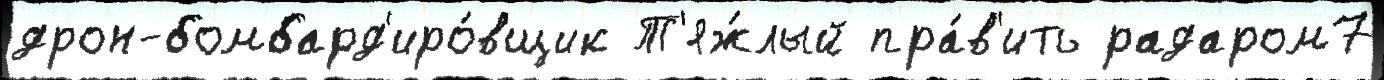
дрон-бомбард'иро́вщик Т'яж́лый пра́в'ить радаром7